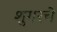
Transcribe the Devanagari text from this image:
शुगरचे